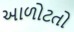
આળોટતો